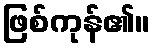
ဖြစ်ကုန်၏။